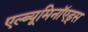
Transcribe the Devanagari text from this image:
एल्ब्यूमिनॉएड्स